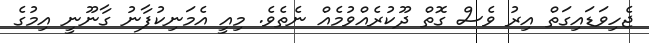
ޖެހިވަޑައިގަތް އިރު ވެސް ގޮތް ދޫކުރެއްވުމެއް ނެތެވެ. މިއީ އެމަނިކުފާނު ގާނޫނީ އިމުގެ